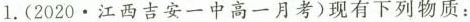
1.(2020\cdot 江西吉安一中高一月考)现有下列物质：